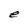
Character: e